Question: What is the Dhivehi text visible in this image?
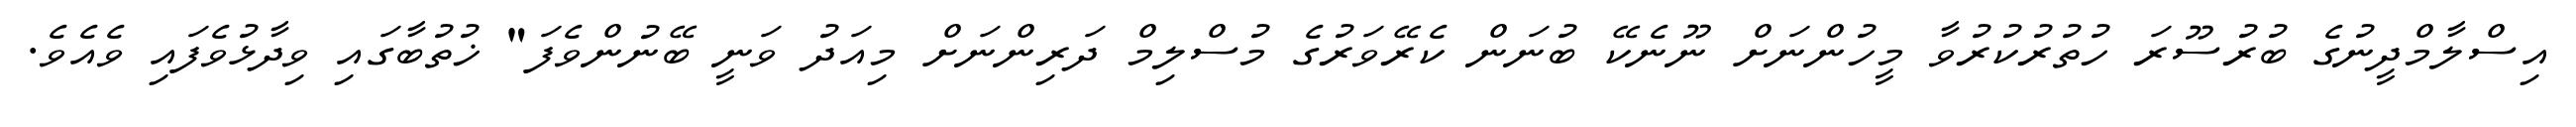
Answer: އިސްލާމްދީނުގެ ބުރުސޫރަ ހުތުރުކުރުވާ މީހުންނަށް ނޫނެކޭ ބުނަން ކެރޭވަރުގެ މުސްލިމް ދަރިންނަށް މިއަދު ވަނީ ބޭނުންވެފަ" ޚުތުބާގައި ވިދާޅުވެފައި ވެއެވެ.